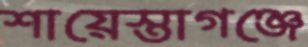
শায়েস্তাগঞ্জে